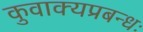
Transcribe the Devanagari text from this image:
कुवाक्यप्रबन्धः